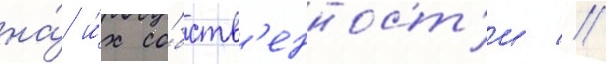
на́ и́х со́бств'енност'и //